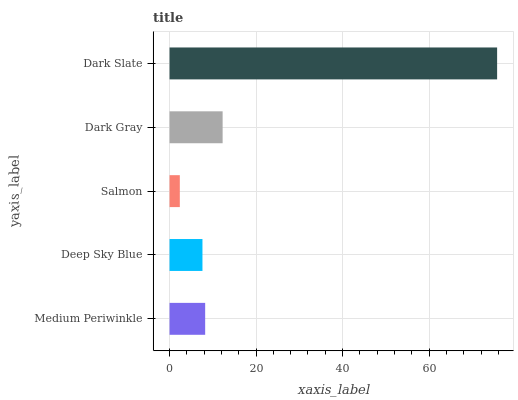
| yaxis_label | bars |
 | --- | --- |
 | Medium Periwinkle | 8.24 |
 | Deep Sky Blue | 7.61 |
 | Salmon | 2.38 |
 | Dark Gray | 12.3 |
 | Dark Slate | 75.7 |